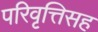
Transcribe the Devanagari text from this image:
परिवृत्तिसह